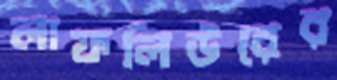
লাফলিউরের